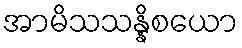
အာမိသသန္နိစယော